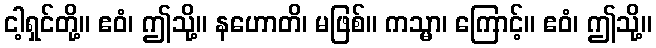
ငါ့ရှင်တို့။ ဧဝံ၊ ဤသို့။ နဟောတိ၊ မဖြစ်။ ကသ္မာ၊ ကြောင့်။ ဧဝံ၊ ဤသို့။